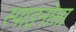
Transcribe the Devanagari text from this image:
स्पाइनोसा